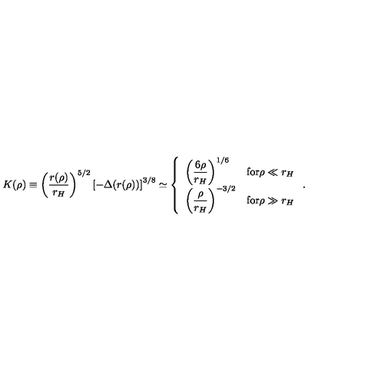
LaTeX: K ( \rho ) \equiv \left( \frac { r ( \rho ) } { r _ { H } } \right) ^ { 5 / 2 } \left[ - \Delta ( r ( \rho ) ) \right] ^ { 3 / 8 } \simeq \left\{ \begin{array} { l l } { \left( \displaystyle { \frac { 6 \rho } { r _ { H } } } \right) ^ { 1 / 6 } } & { \mathrm { f o r } \rho \ll r _ { H } } \\ { \left( \displaystyle { \frac { \rho } { r _ { H } } } \right) ^ { - 3 / 2 } } & { \mathrm { f o r } \rho \gg r _ { H } } \\ \end{array} \right. .